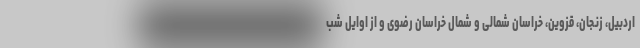
اردبیل، زنجان، قزوین، خراسان شمالی و شمال خراسان رضوی و از اوایل شب